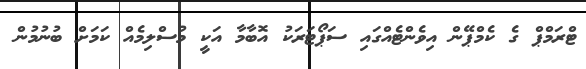
ޓްރަމްޕް ގެ ކެމްޕޭން އިވެންޓެއްގައި ސަޕޯޓަރަކު އޮބާމާ އަކީ މުސްލިމެއް ކަމަށް ބުނުމުން